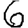
Digit: 6